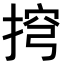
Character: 𢮍